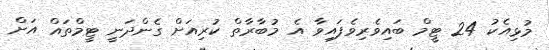
މުޅިއެކު 24 ޓީމް ބައިވެރިވެފައިވާ އެ މުބާރާތް ކުރިއަށް ގެންދަނީ ޓީމްތައް އަށް